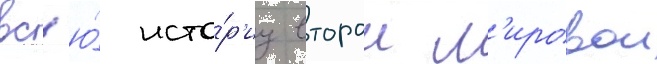
вс'ю́ исто́р'иу второи м'ировои